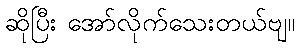
ဆိုပြီး အော်လိုက်သေးတယ်ဗျ။